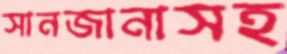
সানজানাসহ